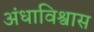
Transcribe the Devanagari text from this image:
अंधाविश्वास